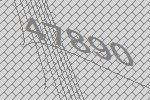
47890